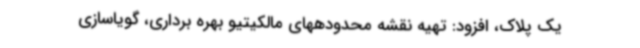
یک پلاک، افزود: تهیه نقشه محدودههای مالکیتیو بهره برداری، گویاسازی